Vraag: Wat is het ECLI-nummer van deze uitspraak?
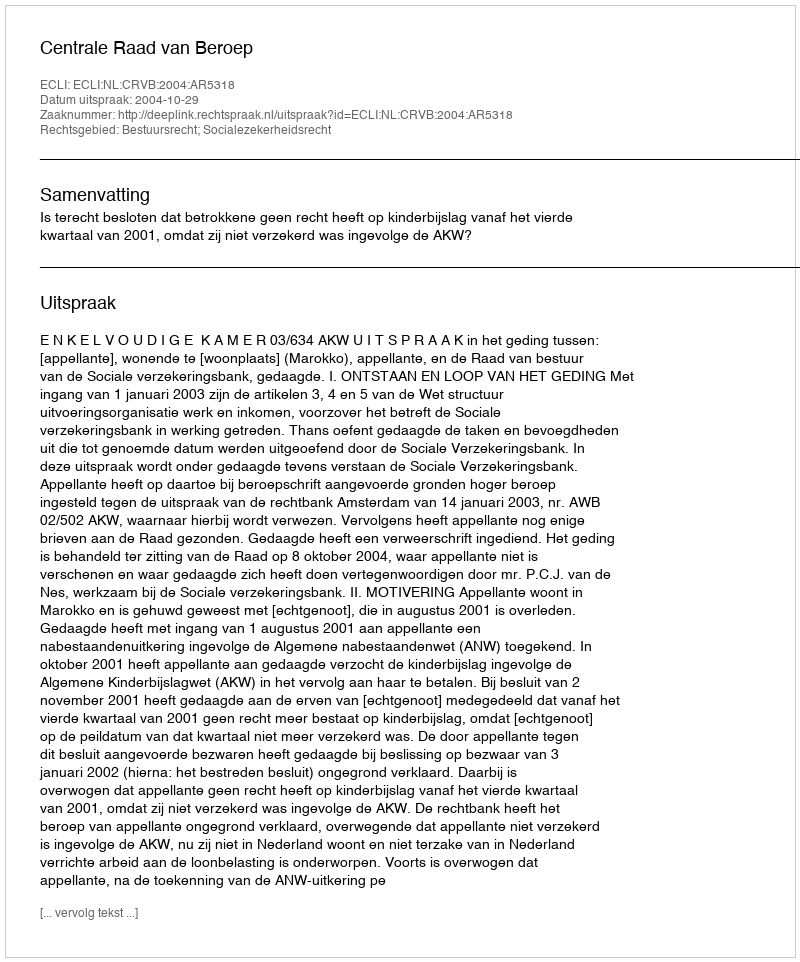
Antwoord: ECLI:NL:CRVB:2004:AR5318